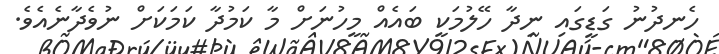
ހެނދުނު ގަޑީގައި ނިދާ ހޭލުމަކީ ބައެއް މީހުނަށް މާ ކަމުދާ ކަމަކަށް ނުވެދާނެއެވެ.